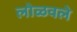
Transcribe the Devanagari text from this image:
लोळवले